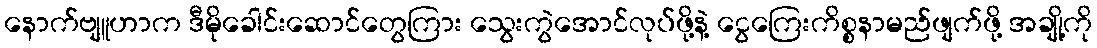
နောက်ဗျူဟာက ဒီမိုခေါင်းဆောင်တွေကြား သွေးကွဲအောင်လုပ်ဖို့နဲ့ ငွေကြေးကိစ္စနာမည်ဖျက်ဖို့ အချို့ကို